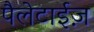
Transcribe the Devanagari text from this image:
पैलेटाईज़